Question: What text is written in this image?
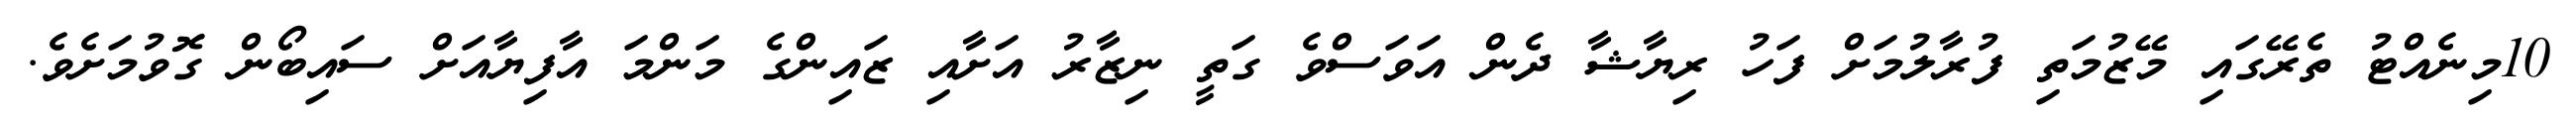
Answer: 10މިނެއްޓު ތެރޭގައި މޭޒުމަތި ފުރާލުމަށް ފަހު ރިޔާޝާ ދެން އަވަސްވެ ގަތީ ނިޒާރު އަށާއި ޒައިންގެ މަންމަ އާފިޔާއަށް ސައިބޯން ގޮވުމަށެވެ.